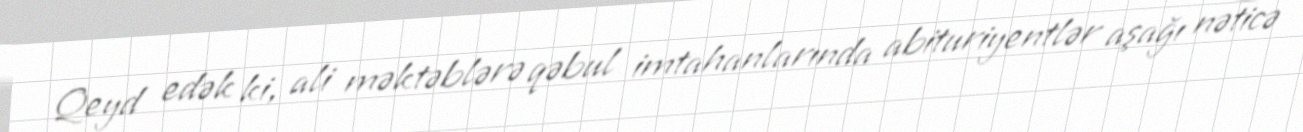
Qeyd edək ki, ali məktəblərə qəbul imtahanlarında abituriyentlər aşağı nəticə